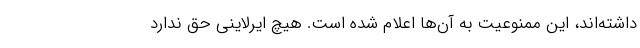
داشته‌اند، این ممنوعیت به آن‌ها اعلام شده است. هیچ ایرلاینی حق ندارد